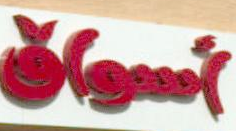
أسواق